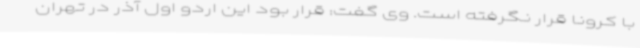
با کرونا قرار نگرفته است. وی گفت: قرار بود این اردو اول آذر در تهران